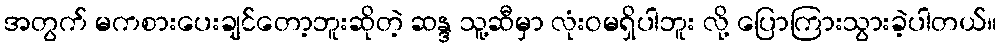
အတွက် မကစားပေးချင်တော့ဘူးဆိုတဲ့ ဆန္ဒ သူ့ဆီမှာ လုံးဝမရှိပါဘူး လို့ ပြောကြားသွားခဲ့ပါတယ်။